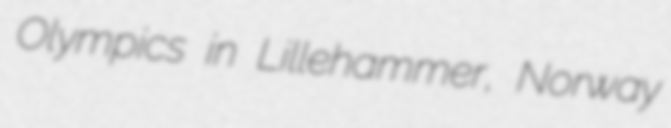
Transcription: Olympics in Lillehammer, Norway